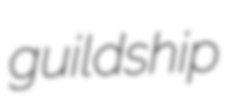
guildship